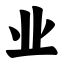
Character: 业